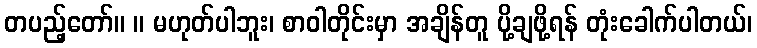
တပည့်တော်။ ။ မဟုတ်ပါဘူး၊ စာဝါတိုင်းမှာ အချိန်တူ ပို့ချဖို့ရန် တုံးခေါက်ပါတယ်၊